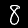
Label: 8